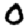
Digit: 0